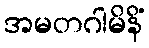
အမတဂါမိနိံ